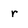
Character: r